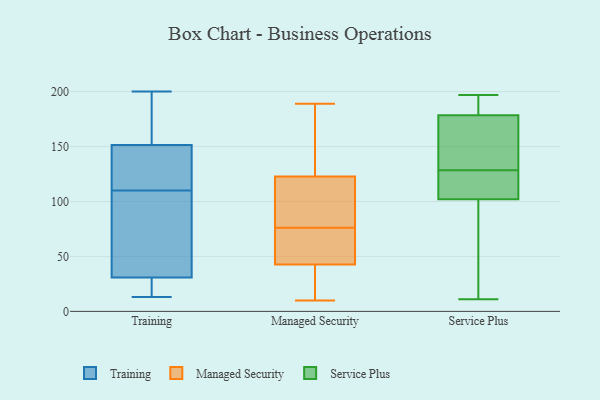
{"axis": {"x": "Budget (USD K)", "y": "Value"}, "legend": ["Managed Security", "Service Plus", "Training"], "data": [{"x": "", "y": 130, "type": "Training"}, {"x": "", "y": 135, "type": "Training"}, {"x": "", "y": 27, "type": "Training"}, {"x": "", "y": 42, "type": "Training"}, {"x": "", "y": 24, "type": "Training"}, {"x": "", "y": 167, "type": "Training"}, {"x": "", "y": 104, "type": "Training"}, {"x": "", "y": 50, "type": "Training"}, {"x": "", "y": 147, "type": "Training"}, {"x": "", "y": 175, "type": "Training"}, {"x": "", "y": 166, "type": "Training"}, {"x": "", "y": 25, "type": "Training"}, {"x": "", "y": 48, "type": "Training"}, {"x": "", "y": 153, "type": "Training"}, {"x": "", "y": 110, "type": "Training"}, {"x": "", "y": 13, "type": "Training"}, {"x": "", "y": 200, "type": "Training"}, {"x": "", "y": 124, "type": "Training"}, {"x": "", "y": 19, "type": "Training"}, {"x": "", "y": 113, "type": "Managed Security"}, {"x": "", "y": 10, "type": "Managed Security"}, {"x": "", "y": 189, "type": "Managed Security"}, {"x": "", "y": 56, "type": "Managed Security"}, {"x": "", "y": 165, "type": "Managed Security"}, {"x": "", "y": 76, "type": "Managed Security"}, {"x": "", "y": 111, "type": "Managed Security"}, {"x": "", "y": 22, "type": "Managed Security"}, {"x": "", "y": 18, "type": "Managed Security"}, {"x": "", "y": 27, "type": "Managed Security"}, {"x": "", "y": 102, "type": "Managed Security"}, {"x": "", "y": 188, "type": "Managed Security"}, {"x": "", "y": 124, "type": "Managed Security"}, {"x": "", "y": 54, "type": "Managed Security"}, {"x": "", "y": 66, "type": "Managed Security"}, {"x": "", "y": 39, "type": "Managed Security"}, {"x": "", "y": 145, "type": "Managed Security"}, {"x": "", "y": 119, "type": "Managed Security"}, {"x": "", "y": 65, "type": "Managed Security"}, {"x": "", "y": 179, "type": "Service Plus"}, {"x": "", "y": 106, "type": "Service Plus"}, {"x": "", "y": 182, "type": "Service Plus"}, {"x": "", "y": 119, "type": "Service Plus"}, {"x": "", "y": 37, "type": "Service Plus"}, {"x": "", "y": 11, "type": "Service Plus"}, {"x": "", "y": 197, "type": "Service Plus"}, {"x": "", "y": 146, "type": "Service Plus"}, {"x": "", "y": 98, "type": "Service Plus"}, {"x": "", "y": 84, "type": "Service Plus"}, {"x": "", "y": 195, "type": "Service Plus"}, {"x": "", "y": 132, "type": "Service Plus"}, {"x": "", "y": 125, "type": "Service Plus"}, {"x": "", "y": 117, "type": "Service Plus"}, {"x": "", "y": 133, "type": "Service Plus"}, {"x": "", "y": 178, "type": "Service Plus"}]}